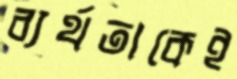
ব্যর্থতাকেই